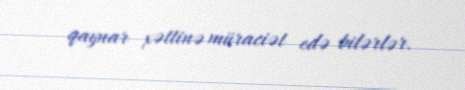
qaynar xəttinə müraciət edə bilərlər.